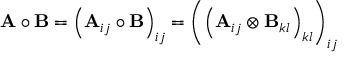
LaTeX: \mathbf { A } \circ \mathbf { B } = \left( \mathbf { A } _ { i j } \circ \mathbf { B } \right) _ { i j } = \left( \left( \mathbf { A } _ { i j } \otimes \mathbf { B } _ { k l } \right) _ { k l } \right) _ { i j }